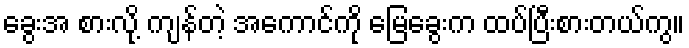
ခွေးအ စားလို့ ကျန်တဲ့ အကောင်ကို မြေခွေးက ထပ်ပြီးစားတယ်ကွ။